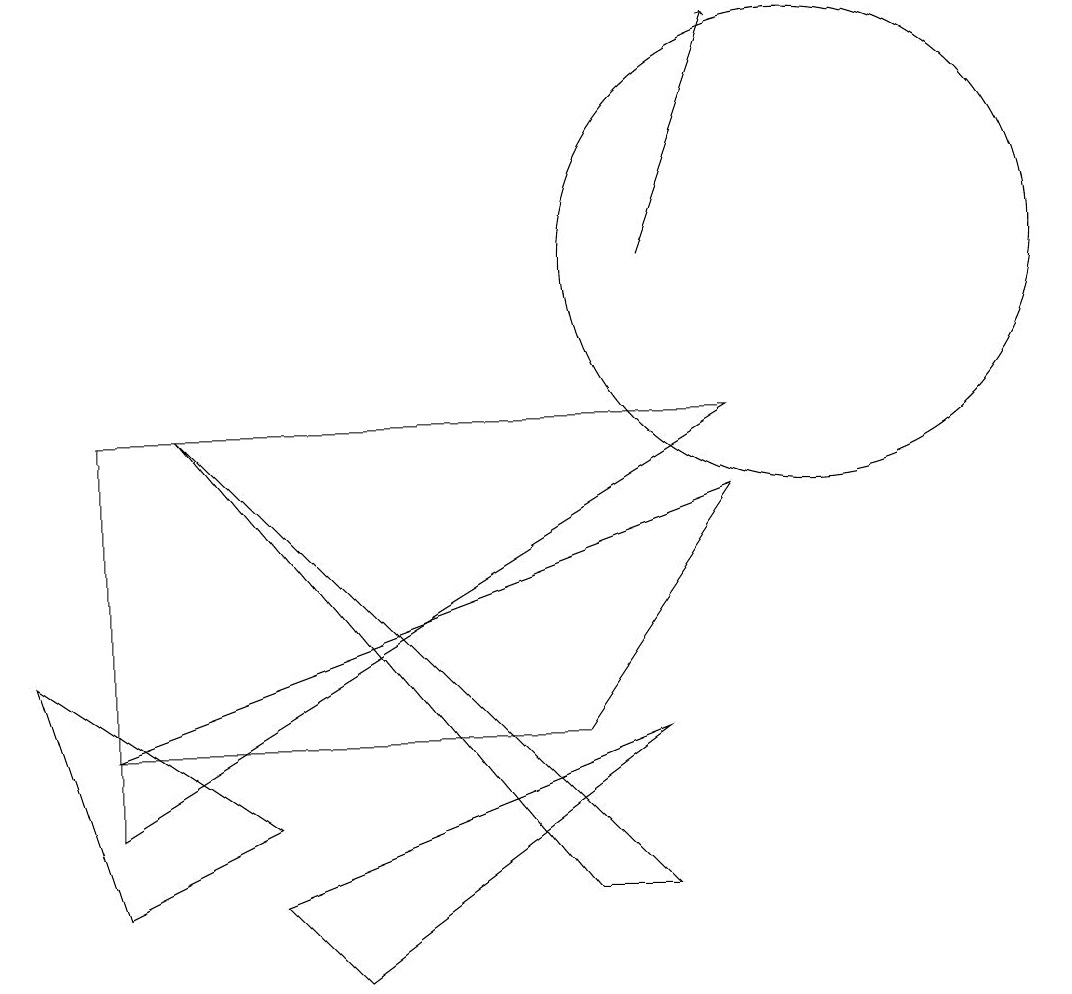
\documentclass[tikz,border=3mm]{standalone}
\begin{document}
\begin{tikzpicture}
\draw[->] (8,10) -- (9,13);
\draw (10,10) circle (3);
\draw (2,8) -- (7,2) -- (8,2) -- cycle;
\draw (4,1) -- (3,2) -- (8,4) -- cycle;
\draw (7,4) -- (9,7) -- (1,4) -- cycle;
\draw (9,8) -- (1,3) -- (1,8) -- cycle;
\draw (0,5) -- (3,3) -- (1,2) -- cycle;
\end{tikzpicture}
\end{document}